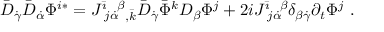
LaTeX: \bar { D } _ { \dot { \gamma } } \bar { D } _ { \dot { \alpha } } \Phi ^ { i * } = J ^ { \bar { \imath } } \! _ { j \dot { \alpha } } \! ^ { \beta } { } _ { , \bar { k } } \bar { D } _ { \dot { \gamma } } \bar { \Phi } ^ { k } D _ { \beta } \Phi ^ { j } + 2 i J ^ { \bar { \imath } } \! _ { j \dot { \alpha } } \! ^ { \beta } \delta _ { \beta \dot { \gamma } } \partial _ { t } \Phi ^ { j } \ .